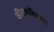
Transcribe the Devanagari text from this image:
कीटकविज्ञान